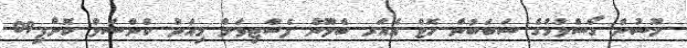
މޫސުން ގޯސްވުމުގެ ސަބަބުން ހޮޓް އެއަރ ބެލޫން ފެސްޓިވަލް މިއަދު ކެންސަލް ކޮށްފި09